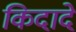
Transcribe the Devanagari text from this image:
किदादे